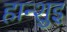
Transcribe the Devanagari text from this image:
हान्शुइ